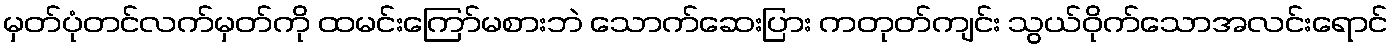
မှတ်ပုံတင်လက်မှတ်ကို ထမင်းကြော်မစားဘဲ သောက်ဆေးပြား ကတုတ်ကျင်း သွယ်ဝိုက်သောအလင်းရောင်